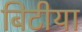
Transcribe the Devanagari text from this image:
बिटीया